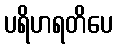
ပရိဟရတိပေ